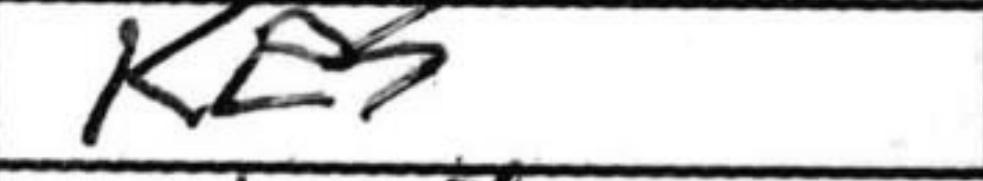
Transcription: Ke5